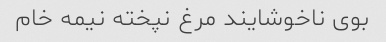
بوی ناخوشایند مرغ نپخته نیمه خام